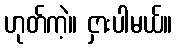
ဟုတ်ကဲ့။ ငှားပါမယ်။